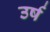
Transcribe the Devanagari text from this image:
उर्ष